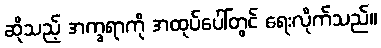
ဆိုသည့် အက္ခရာကို အထုပ်ပေါ်တွင် ရေးလိုက်သည်။